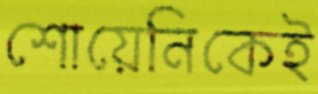
শোয়েনিকেই